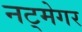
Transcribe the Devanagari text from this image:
नट्मेगर